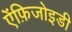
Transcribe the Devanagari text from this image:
ऐंफ़िजोइडी